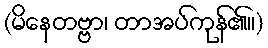
(မိနေတဗ္ဗာ၊ တာအပ်ကုန်၏။)